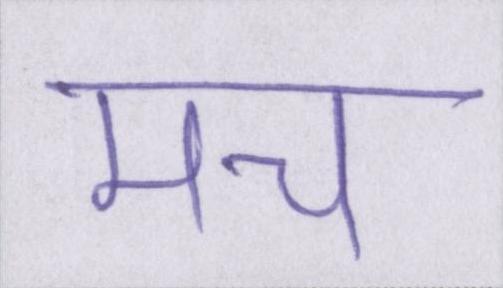
मच